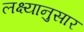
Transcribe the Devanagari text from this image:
लक्ष्यानुसार